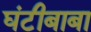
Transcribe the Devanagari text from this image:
घंटीबाबा